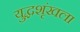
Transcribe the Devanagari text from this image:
युद्धशृंखला